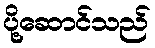
ပို့ဆောင်သည်